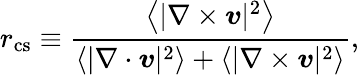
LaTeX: r_{\mathrm{cs}}\equiv\frac{\left\langle|\nabla\times\boldsymbol{v}|^{2}\right\rangle}{\left\langle|\nabla\cdot\boldsymbol{v}|^{2}\right\rangle+\left\langle|\nabla\times\boldsymbol{v}|^{2}\right\rangle},